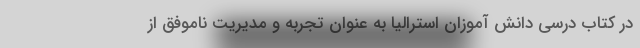
در کتاب درسی دانش آموزان استرالیا به عنوان تجربه و مدیریت ناموفق از